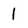
Character: 1